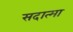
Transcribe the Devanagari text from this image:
सदात्मा